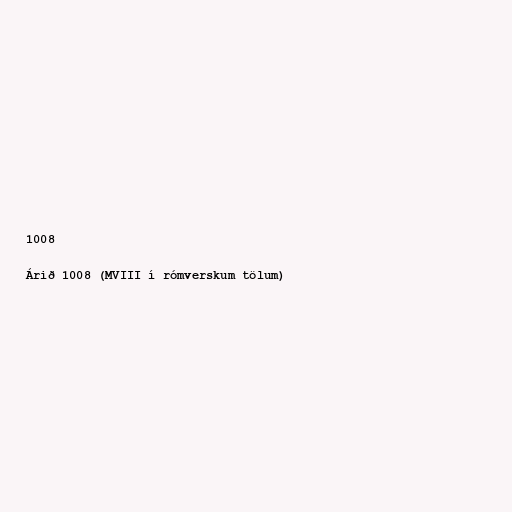
1008

Árið 1008 (MVIII í rómverskum tölum)